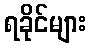
ရခိုင်များ